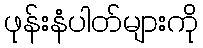
ဖုန်းနံပါတ်များကို